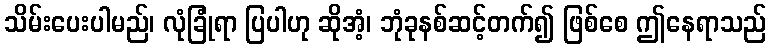
သိမ်းပေးပါမည်၊ လုံခြုံရာ ပြပါဟု ဆိုအံ့၊ ဘုံခုနစ်ဆင့်တက်၍ ဖြစ်စေ ဤနေရာသည်